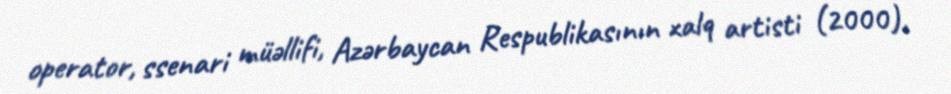
operator, ssenari müəllifi, Azərbaycan Respublikasının xalq artisti (2000),